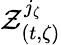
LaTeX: \mathcal{Z}_{(t,\zeta)}^{j_{\zeta}}